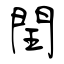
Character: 閏